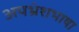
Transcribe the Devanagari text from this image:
अपभ्रंशभाषा